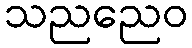
သညညေဝ